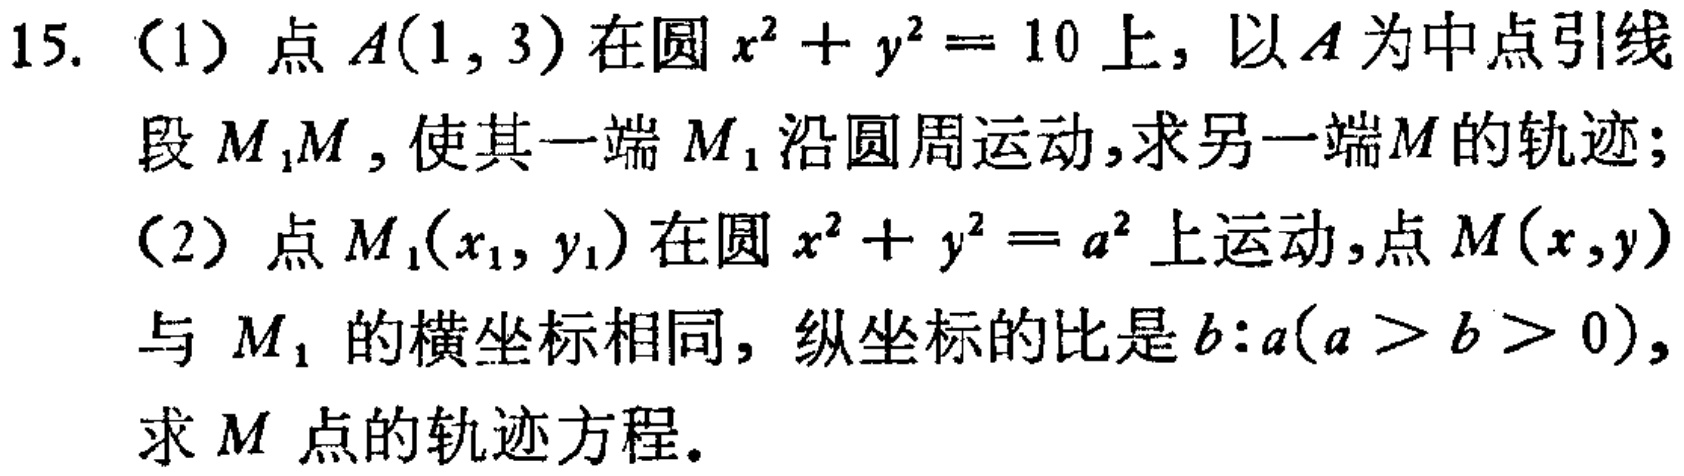
15. (1) 点 \(A(1,3)\) 在圆 \(x^{2}+y^{2}=10\) 上，以 \(A\) 为中点引线段 \(M_{1}M\)，使其一端 \(M_{1}\) 沿圆周运动，求另一端 \(M\) 的轨迹；
(2) 点 \(M_{1}(x_{1},y_{1})\) 在圆 \(x^{2}+y^{2}=a^{2}\) 上运动，点 \(M(x,y)\) 与 \(M_{1}\) 的横坐标相同，纵坐标的比是 \(b:a(a > b > 0)\)，求 \(M\) 点的轨迹方程。